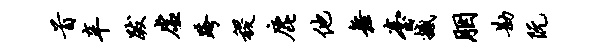
首辛跋虚跨稷鹿他舞台撼胭勘阮